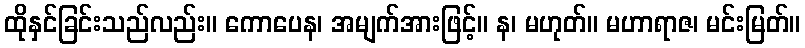
ထိုနှင်ခြင်းသည်လည်း။ ကောပေန၊ အမျက်အားဖြင့်။ န၊ မဟုတ်။ မဟာရာဇ၊ မင်းမြတ်။